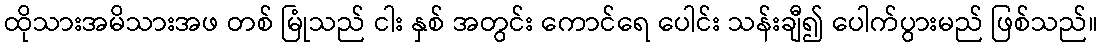
ထိုသားအမိသားအဖ တစ် မြုံသည် ငါး နှစ် အတွင်း ကောင်ရေ ပေါင်း သန်းချီ၍ ပေါက်ပွားမည် ဖြစ်သည်။